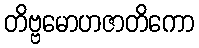
တိဗ္ဗမောဟဇာတိကော